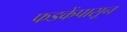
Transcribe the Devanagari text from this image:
फडकेंपासून